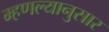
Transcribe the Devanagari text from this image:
म्हणल्यानुसार